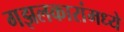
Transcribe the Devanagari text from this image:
गझलकारांमध्ये